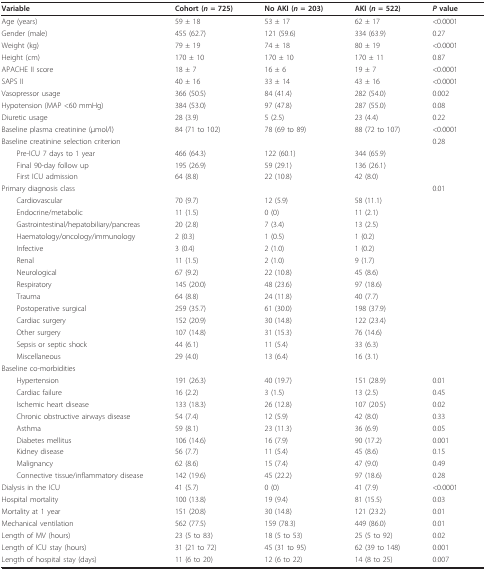
<table><thead><tr><td><b>Variable</b></td><td><b>Cohort (<i>n </i>= 725)</b></td><td><b>No AKI (<i>n </i>= 203)</b></td><td><b>AKI (<i>n </i>= 522)</b></td><td><b><i>P </i>value</b></td></tr></thead><tbody><tr><td>Age (years)</td><td>59 ± 18</td><td>53 ± 17</td><td>62 ± 17</td><td>&lt;0.0001</td></tr><tr><td>Gender (male)</td><td>455 (62.7)</td><td>121 (59.6)</td><td>334 (63.9)</td><td>0.27</td></tr><tr><td>Weight (kg)</td><td>79 ± 19</td><td>74 ± 18</td><td>80 ± 19</td><td>&lt;0.0001</td></tr><tr><td>Height (cm)</td><td>170 ± 10</td><td>170 ± 10</td><td>170 ± 11</td><td>0.87</td></tr><tr><td>APACHE II score</td><td>18 ± 7</td><td>16 ± 6</td><td>19 ± 7</td><td>&lt;0.0001</td></tr><tr><td>SAPS II</td><td>40 ± 16</td><td>33 ± 14</td><td>43 ± 16</td><td>&lt;0.0001</td></tr><tr><td>Vasopressor usage</td><td>366 (50.5)</td><td>84 (41.4)</td><td>282 (54.0)</td><td>0.002</td></tr><tr><td>Hypotension (MAP &lt;60 mmHg)</td><td>384 (53.0)</td><td>97 (47.8)</td><td>287 (55.0)</td><td>0.08</td></tr><tr><td>Diuretic usage</td><td>28 (3.9)</td><td>5 (2.5)</td><td>23 (4.4)</td><td>0.22</td></tr><tr><td>Baseline plasma creatinine (μmol/l)</td><td>84 (71 to 102)</td><td>78 (69 to 89)</td><td>88 (72 to 107)</td><td>&lt;0.0001</td></tr><tr><td>Baseline creatinine selection criterion</td><td></td><td></td><td></td><td>0.28</td></tr><tr><td> Pre-ICU 7 days to 1 year</td><td>466 (64.3)</td><td>122 (60.1)</td><td>344 (65.9)</td><td></td></tr><tr><td> Final 90-day follow up</td><td>195 (26.9)</td><td>59 (29.1)</td><td>136 (26.1)</td><td></td></tr><tr><td> First ICU admission</td><td>64 (8.8)</td><td>22 (10.8)</td><td>42 (8.0)</td><td></td></tr><tr><td>Primary diagnosis class</td><td></td><td></td><td></td><td>0.01</td></tr><tr><td> Cardiovascular</td><td>70 (9.7)</td><td>12 (5.9)</td><td>58 (11.1)</td><td></td></tr><tr><td> Endocrine/metabolic</td><td>11 (1.5)</td><td>0 (0)</td><td>11 (2.1)</td><td></td></tr><tr><td> Gastrointestinal/hepatobiliary/pancreas</td><td>20 (2.8)</td><td>7 (3.4)</td><td>13 (2.5)</td><td></td></tr><tr><td> Haematology/oncology/immunology</td><td>2 (0.3)</td><td>1 (0.5)</td><td>1 (0.2)</td><td></td></tr><tr><td> Infective</td><td>3 (0.4)</td><td>2 (1.0)</td><td>1 (0.2)</td><td></td></tr><tr><td> Renal</td><td>11 (1.5)</td><td>2 (1.0)</td><td>9 (1.7)</td><td></td></tr><tr><td> Neurological</td><td>67 (9.2)</td><td>22 (10.8)</td><td>45 (8.6)</td><td></td></tr><tr><td> Respiratory</td><td>145 (20.0)</td><td>48 (23.6)</td><td>97 (18.6)</td><td></td></tr><tr><td> Trauma</td><td>64 (8.8)</td><td>24 (11.8)</td><td>40 (7.7)</td><td></td></tr><tr><td> Postoperative surgical</td><td>259 (35.7)</td><td>61 (30.0)</td><td>198 (37.9)</td><td></td></tr><tr><td> Cardiac surgery</td><td>152 (20.9)</td><td>30 (14.8)</td><td>122 (23.4)</td><td></td></tr><tr><td> Other surgery</td><td>107 (14.8)</td><td>31 (15.3)</td><td>76 (14.6)</td><td></td></tr><tr><td> Sepsis or septic shock</td><td>44 (6.1)</td><td>11 (5.4)</td><td>33 (6.3)</td><td></td></tr><tr><td> Miscellaneous</td><td>29 (4.0)</td><td>13 (6.4)</td><td>16 (3.1)</td><td></td></tr><tr><td>Baseline co-morbidities</td><td></td><td></td><td></td><td></td></tr><tr><td> Hypertension</td><td>191 (26.3)</td><td>40 (19.7)</td><td>151 (28.9)</td><td>0.01</td></tr><tr><td> Cardiac failure</td><td>16 (2.2)</td><td>3 (1.5)</td><td>13 (2.5)</td><td>0.45</td></tr><tr><td> Ischemic heart disease</td><td>133 (18.3)</td><td>26 (12.8)</td><td>107 (20.5)</td><td>0.02</td></tr><tr><td> Chronic obstructive airways disease</td><td>54 (7.4)</td><td>12 (5.9)</td><td>42 (8.0)</td><td>0.33</td></tr><tr><td> Asthma</td><td>59 (8.1)</td><td>23 (11.3)</td><td>36 (6.9)</td><td>0.05</td></tr><tr><td> Diabetes mellitus</td><td>106 (14.6)</td><td>16 (7.9)</td><td>90 (17.2)</td><td>0.001</td></tr><tr><td> Kidney disease</td><td>56 (7.7)</td><td>11 (5.4)</td><td>45 (8.6)</td><td>0.15</td></tr><tr><td> Malignancy</td><td>62 (8.6)</td><td>15 (7.4)</td><td>47 (9.0)</td><td>0.49</td></tr><tr><td> Connective tissue/inflammatory disease</td><td>142 (19.6)</td><td>45 (22.2)</td><td>97 (18.6)</td><td>0.28</td></tr><tr><td>Dialysis in the ICU</td><td>41 (5.7)</td><td>0 (0)</td><td>41 (7.9)</td><td>&lt;0.0001</td></tr><tr><td>Hospital mortality</td><td>100 (13.8)</td><td>19 (9.4)</td><td>81 (15.5)</td><td>0.03</td></tr><tr><td>Mortality at 1 year</td><td>151 (20.8)</td><td>30 (14.8)</td><td>121 (23.2)</td><td>0.01</td></tr><tr><td>Mechanical ventilation</td><td>562 (77.5)</td><td>159 (78.3)</td><td>449 (86.0)</td><td>0.01</td></tr><tr><td>Length of MV (hours)</td><td>23 (5 to 83)</td><td>18 (5 to 53)</td><td>25 (5 to 92)</td><td>0.02</td></tr><tr><td>Length of ICU stay (hours)</td><td>31 (21 to 72)</td><td>45 (31 to 95)</td><td>62 (39 to 148)</td><td>0.001</td></tr><tr><td>Length of hospital stay (days)</td><td>11 (6 to 20)</td><td>12 (6 to 22)</td><td>14 (8 to 25)</td><td>0.007</td></tr></tbody></table>